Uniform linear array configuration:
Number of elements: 4
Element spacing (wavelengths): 0.75
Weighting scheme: binomial
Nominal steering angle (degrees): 15
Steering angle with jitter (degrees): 13.338
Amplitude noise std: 0.05
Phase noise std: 0.05

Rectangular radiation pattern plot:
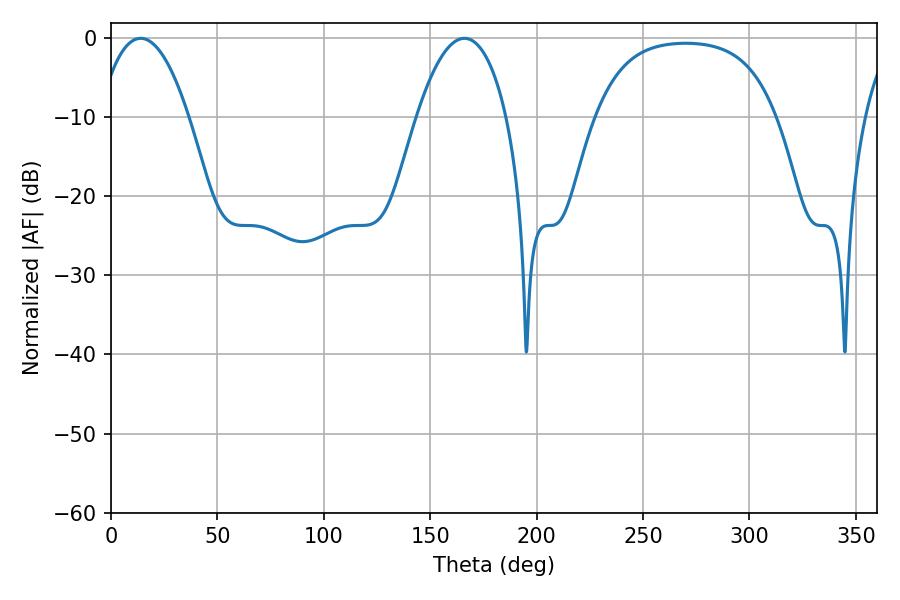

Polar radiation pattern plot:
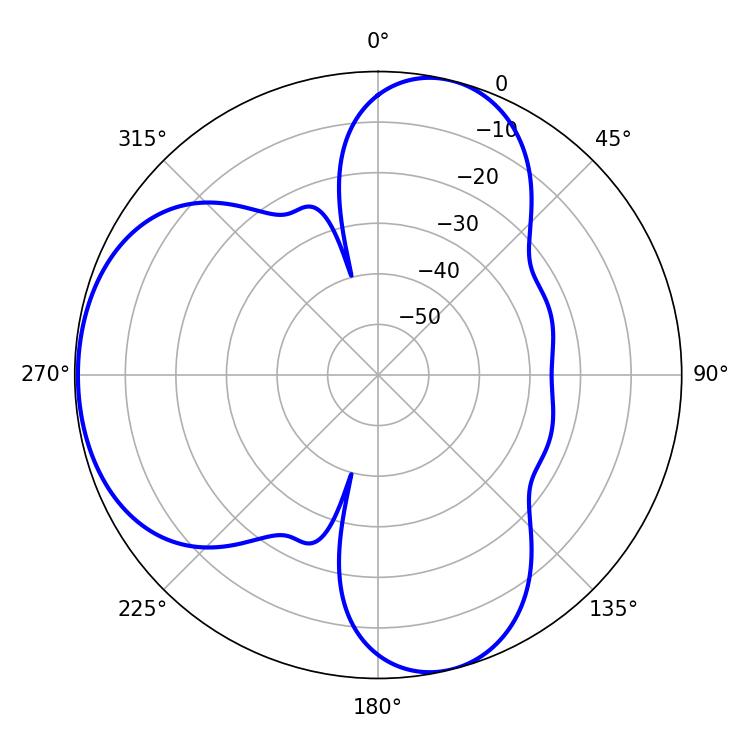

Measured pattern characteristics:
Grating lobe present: TRUE
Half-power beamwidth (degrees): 23.4
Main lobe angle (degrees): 13.86